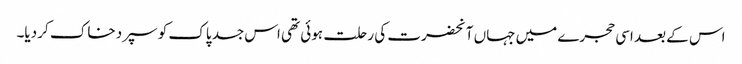
اس کے بعد اسی حجرے میں جہاں آنحضرت کی رحلت ہوئی تھی اس جسد پاک کو سپرد خاک کر دیا۔